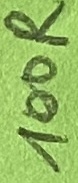
Text: 100R